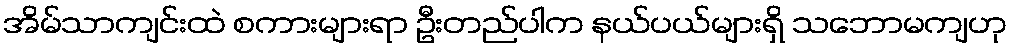
အိမ်သာကျင်းထဲ စကားများရာ ဦးတည်ပါက နယ်ပယ်များရှိ သဘောမကျဟု